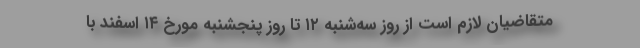
متقاضیان لازم است از روز سه‌شنبه ۱۲ تا روز پنجشنبه مورخ ۱۴ اسفند با